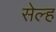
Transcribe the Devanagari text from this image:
सेल्‍ह